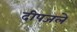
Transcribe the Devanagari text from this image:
दीपजले